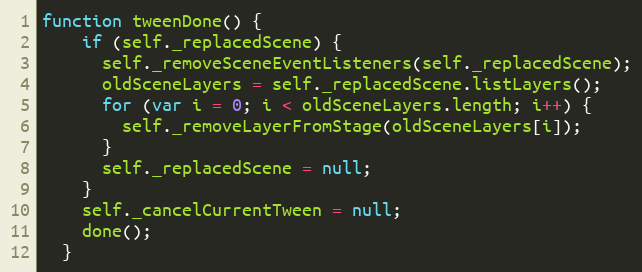
Language: JavaScript
function tweenDone() {
    if (self._replacedScene) {
      self._removeSceneEventListeners(self._replacedScene);
      oldSceneLayers = self._replacedScene.listLayers();
      for (var i = 0; i < oldSceneLayers.length; i++) {
        self._removeLayerFromStage(oldSceneLayers[i]);
      }
      self._replacedScene = null;
    }
    self._cancelCurrentTween = null;
    done();
  }